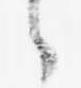
々